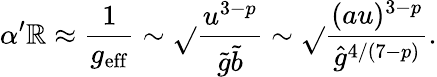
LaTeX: \alpha^{\prime}\mathbb{R}\approx\frac{{1}}{{g_{\mathrm{{eff}}}}}\sim\sqrt{}{{\frac{{u^{3-p}}}{{\tilde{{g}}\tilde{{b}}}}}}\sim\sqrt{}{{\frac{{(au)^{3-p}}}{{{\hat{{g}}}^{4/(7-p)}}}}}.